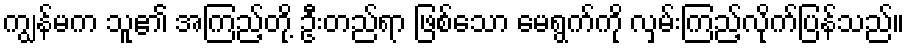
ကျွန်မက သူ၏ အကြည့်တို့ ဦးတည်ရာ ဖြစ်သော မေရွက်ကို လှမ်းကြည့်လိုက်ပြန်သည်။